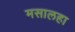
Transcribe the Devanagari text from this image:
मसालहा